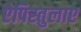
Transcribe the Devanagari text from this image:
ऐपिस्तुलाए